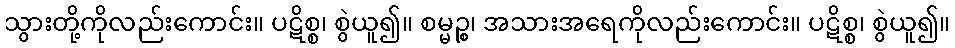
သွားတို့ကိုလည်းကောင်း။ ပဋိစ္စ၊ စွဲယူ၍။ စမ္မဉ္စ၊ အသားအရေကိုလည်းကောင်း။ ပဋိစ္စ၊ စွဲယူ၍။